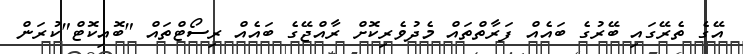
އޭގެ ތެރޭގައި ބޭރުގެ ބައެއް ފަރާތްތައް މެދުވެރިކޮށް ރާއްޖޭގެ ބައެއް ރިސޯޓްތައް "ބޮއިކޮޓް"ކުރަން